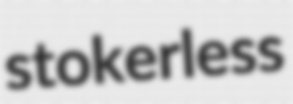
stokerless